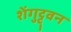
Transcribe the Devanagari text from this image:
शेंगुट्टुवन